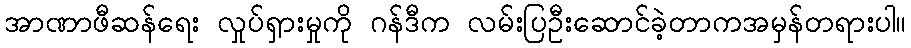
အာဏာဖီဆန်ရေး လှုပ်ရှားမှုကို ဂန်ဒီက လမ်းပြဦးဆောင်ခဲ့တာကအမှန်တရားပါ။